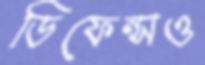
ডিফেন্সও